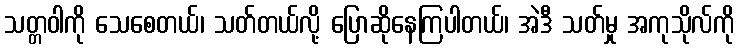
သတ္တဝါကို သေစေတယ်၊ သတ်တယ်လို့ ပြောဆိုနေကြပါတယ်၊ အဲဒီ သတ်မှု အကုသိုလ်ကို